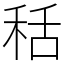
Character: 秳